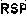
RSP